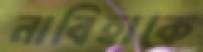
নাবিহাকে